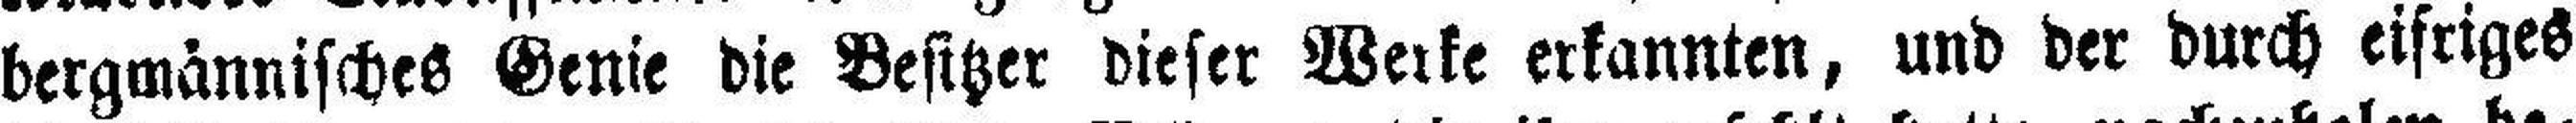
bergmännisches Genie die Besitzer dieser Werke erkannten, und der durch eifriges